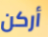
أركن